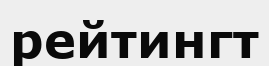
рейтингт